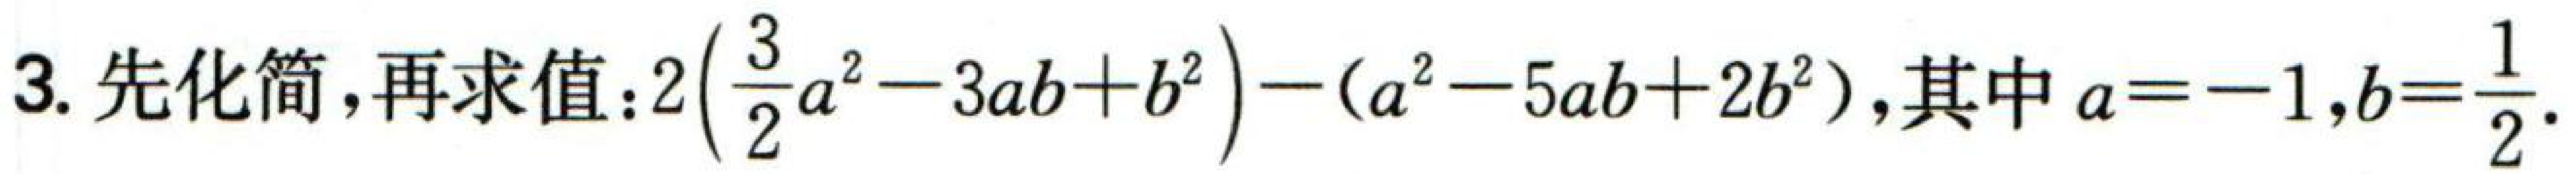
3. 先化简，再求值：$2\left(\dfrac{3}{2}a^{2}-3ab + b^{2}\right)-(a^{2}-5ab + 2b^{2})$，其中$a = - 1$，$b=\dfrac{1}{2}$.